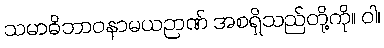
သမာဓိဘာဝနာမယဉာဏ် အစရှိသည်တို့ကို။ ဝါ၊